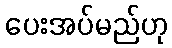
ပေးအပ်မည်ဟု